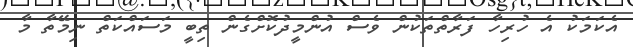
އެކަމަކު އެ ހުރިހާ ފަރާތްތަކުން ވެސް އުންމީދުކޮށްގެން ތިބީ މަސައްކަތް ނިމޭތާ މާ